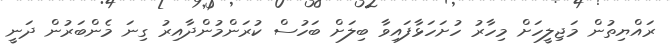
ރައްޔިތުން މަޖިލީހަށް މިހާރު ހުށަހަޅާފައިވާ ބިލަށް ބަހުސް ކުރަންމުންދާއިރު ގިނަ މެންބަރުން ދަނީ